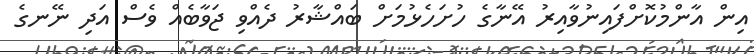
އިން އާންމުކޮށްފައިނުވާއިރު އޭނާގެ ހުށަހެޅުމަށް ބައްޝާރު ދެއްވި ޖަވާބެއް ވެސް އަދި ނޭނގެ